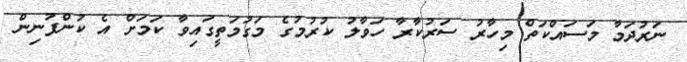
ނަރުދަމާ މަސައްކަތް މިހާރު ސަރުކާރާ ހަވާލު ކުރުމުގެ މަގުމަތީގައިވާ ކަމަށް އެ ކުންފުނިން